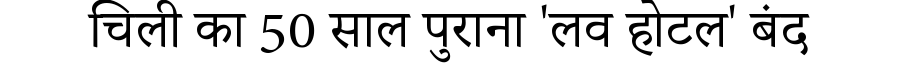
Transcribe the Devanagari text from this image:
चिली का 50 साल पुराना 'लव होटल' बंद